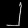
Digit: ၂